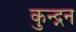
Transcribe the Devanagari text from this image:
कुन्द्नन